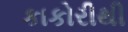
કાકોરીથી